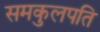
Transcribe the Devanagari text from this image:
समकुलपति